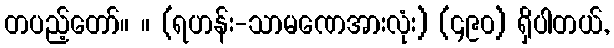
တပည့်တော်။ ။ (ရဟန်း-သာမဏေအားလုံး) (၄၉၀) ရှိပါတယ်,